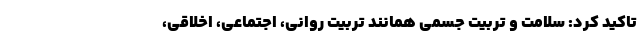
تاکید کرد: سلامت و تربیت جسمی همانند تربیت روانی، اجتماعى، اخلاقی،